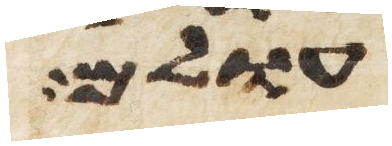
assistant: עולם